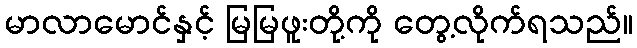
မာလာမောင်နှင့် မြမြဖူးတို့ကို တွေ့လိုက်ရသည်။